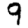
Digit: 9